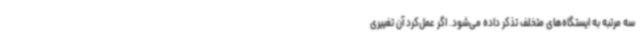
سه مرتبه به ایستگاه‌های متخلف تذکر داده می‌شود. اگر عمل‌کرد آن‌ تغییری